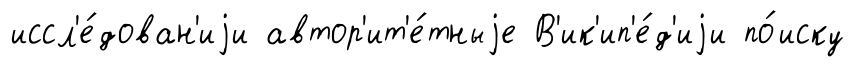
иссл'е́дован'иjи автор'ит'е́тныjе В'ик'ип'е́д'иjи по́иску